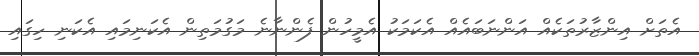
އެތަށް އިންޒާރުތަކެއް އަންނަބައެއް އެކަމަކު އެމީހުން ފެންނާނެ މަގުމަތިން އެކަނިމައި އެކަނި ހިގައި